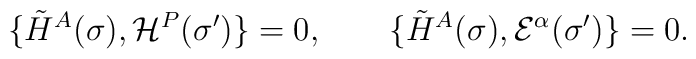
\{\tilde H^A(\sigma),{\cal H}^P(\sigma^{\prime})\}=0,\qquad \{\tilde H^A(\sigma),{\cal E}^\alpha(\sigma^{\prime})\}=0.